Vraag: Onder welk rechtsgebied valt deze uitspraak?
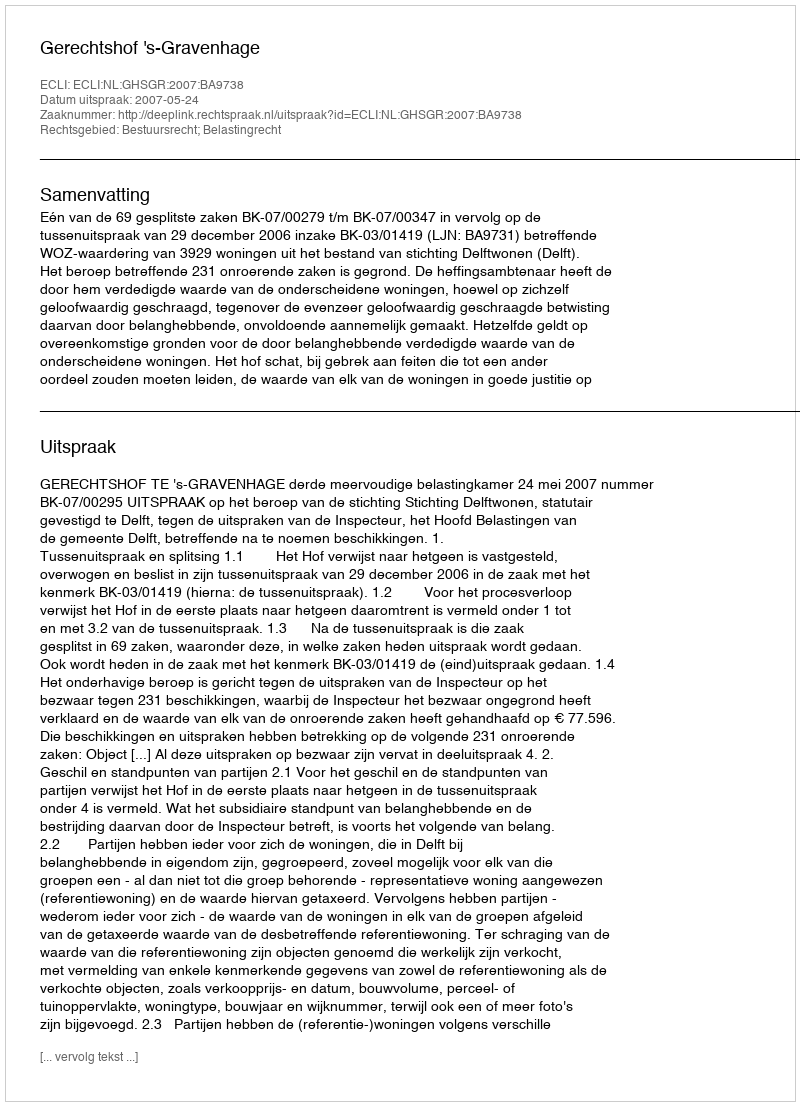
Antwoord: Bestuursrecht; Belastingrecht